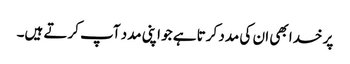
پر خدا بھی ان کی مدد کرتا ہے جو اپنی مدد آپ کرتے ہیں۔